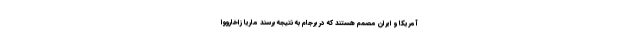
آمریکا و ایران مصمم هستند که در برجام به نتیجه برسند ماریا زاخارووا